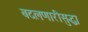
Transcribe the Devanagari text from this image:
बदलणारीसुद्धा